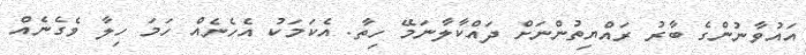
އައުވާނުންގެ ބާރު ރައްޔިތުންނަށް ދައްކާލާނަމޭ ހިތާ. އެކަމަކު އެހެނެއް ހަމަ ހިލާ ވެގެނެއް